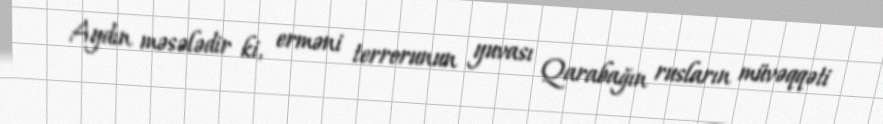
Aydın məsələdir ki, erməni terrorunun yuvası Qarabağın rusların müvəqqəti